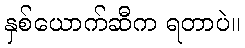
နှစ်ယောက်ဆီက ရတာပဲ။